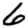
Digit: 6